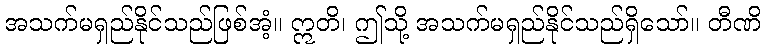
အသက်မရှည်နိုင်သည်ဖြစ်အံ့။ ဣတိ၊ ဤသို့ အသက်မရှည်နိုင်သည်ရှိသော်။ တီဏိ